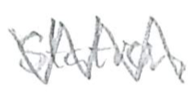
Text: station
Cross-out: zig-zag
Writing tool: pencil